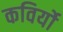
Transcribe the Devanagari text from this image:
कविर्यो